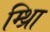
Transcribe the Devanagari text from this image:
म्थ्राि